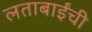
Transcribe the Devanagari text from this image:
लताबाईंची